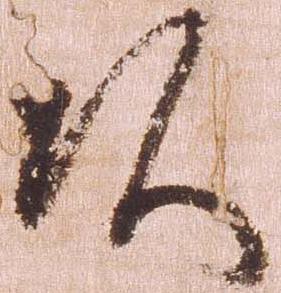
頭